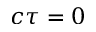
c \tau = 0